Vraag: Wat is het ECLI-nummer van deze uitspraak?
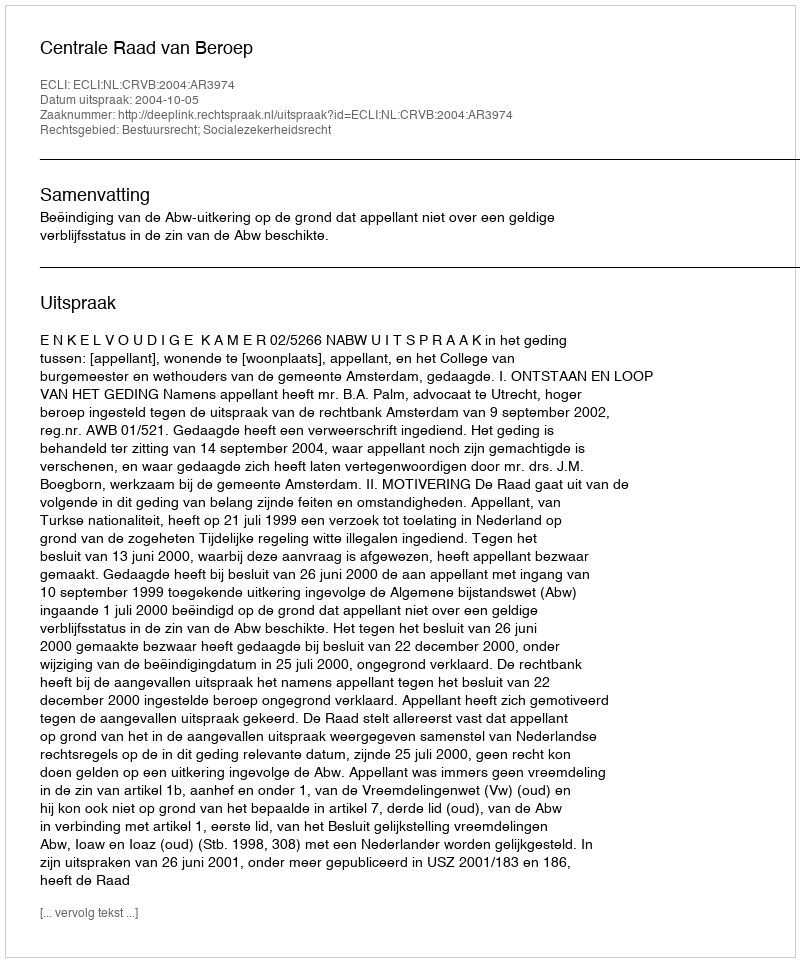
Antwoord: ECLI:NL:CRVB:2004:AR3974